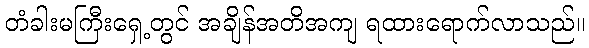
တံခါးမကြီးရှေ့တွင် အချိန်အတိအကျ ရထားရောက်လာသည်။